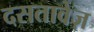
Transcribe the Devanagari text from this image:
दसतावेज़